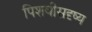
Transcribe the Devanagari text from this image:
पिशवीसदृष्य